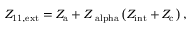
Z _ { \mathrm { 1 1 , e x t } } = Z _ { \mathrm { a } } + Z _ { \mathrm { \ a l p h a } } \left( Z _ { \mathrm { i n t } } + Z _ { \mathrm { c } } \right) ,